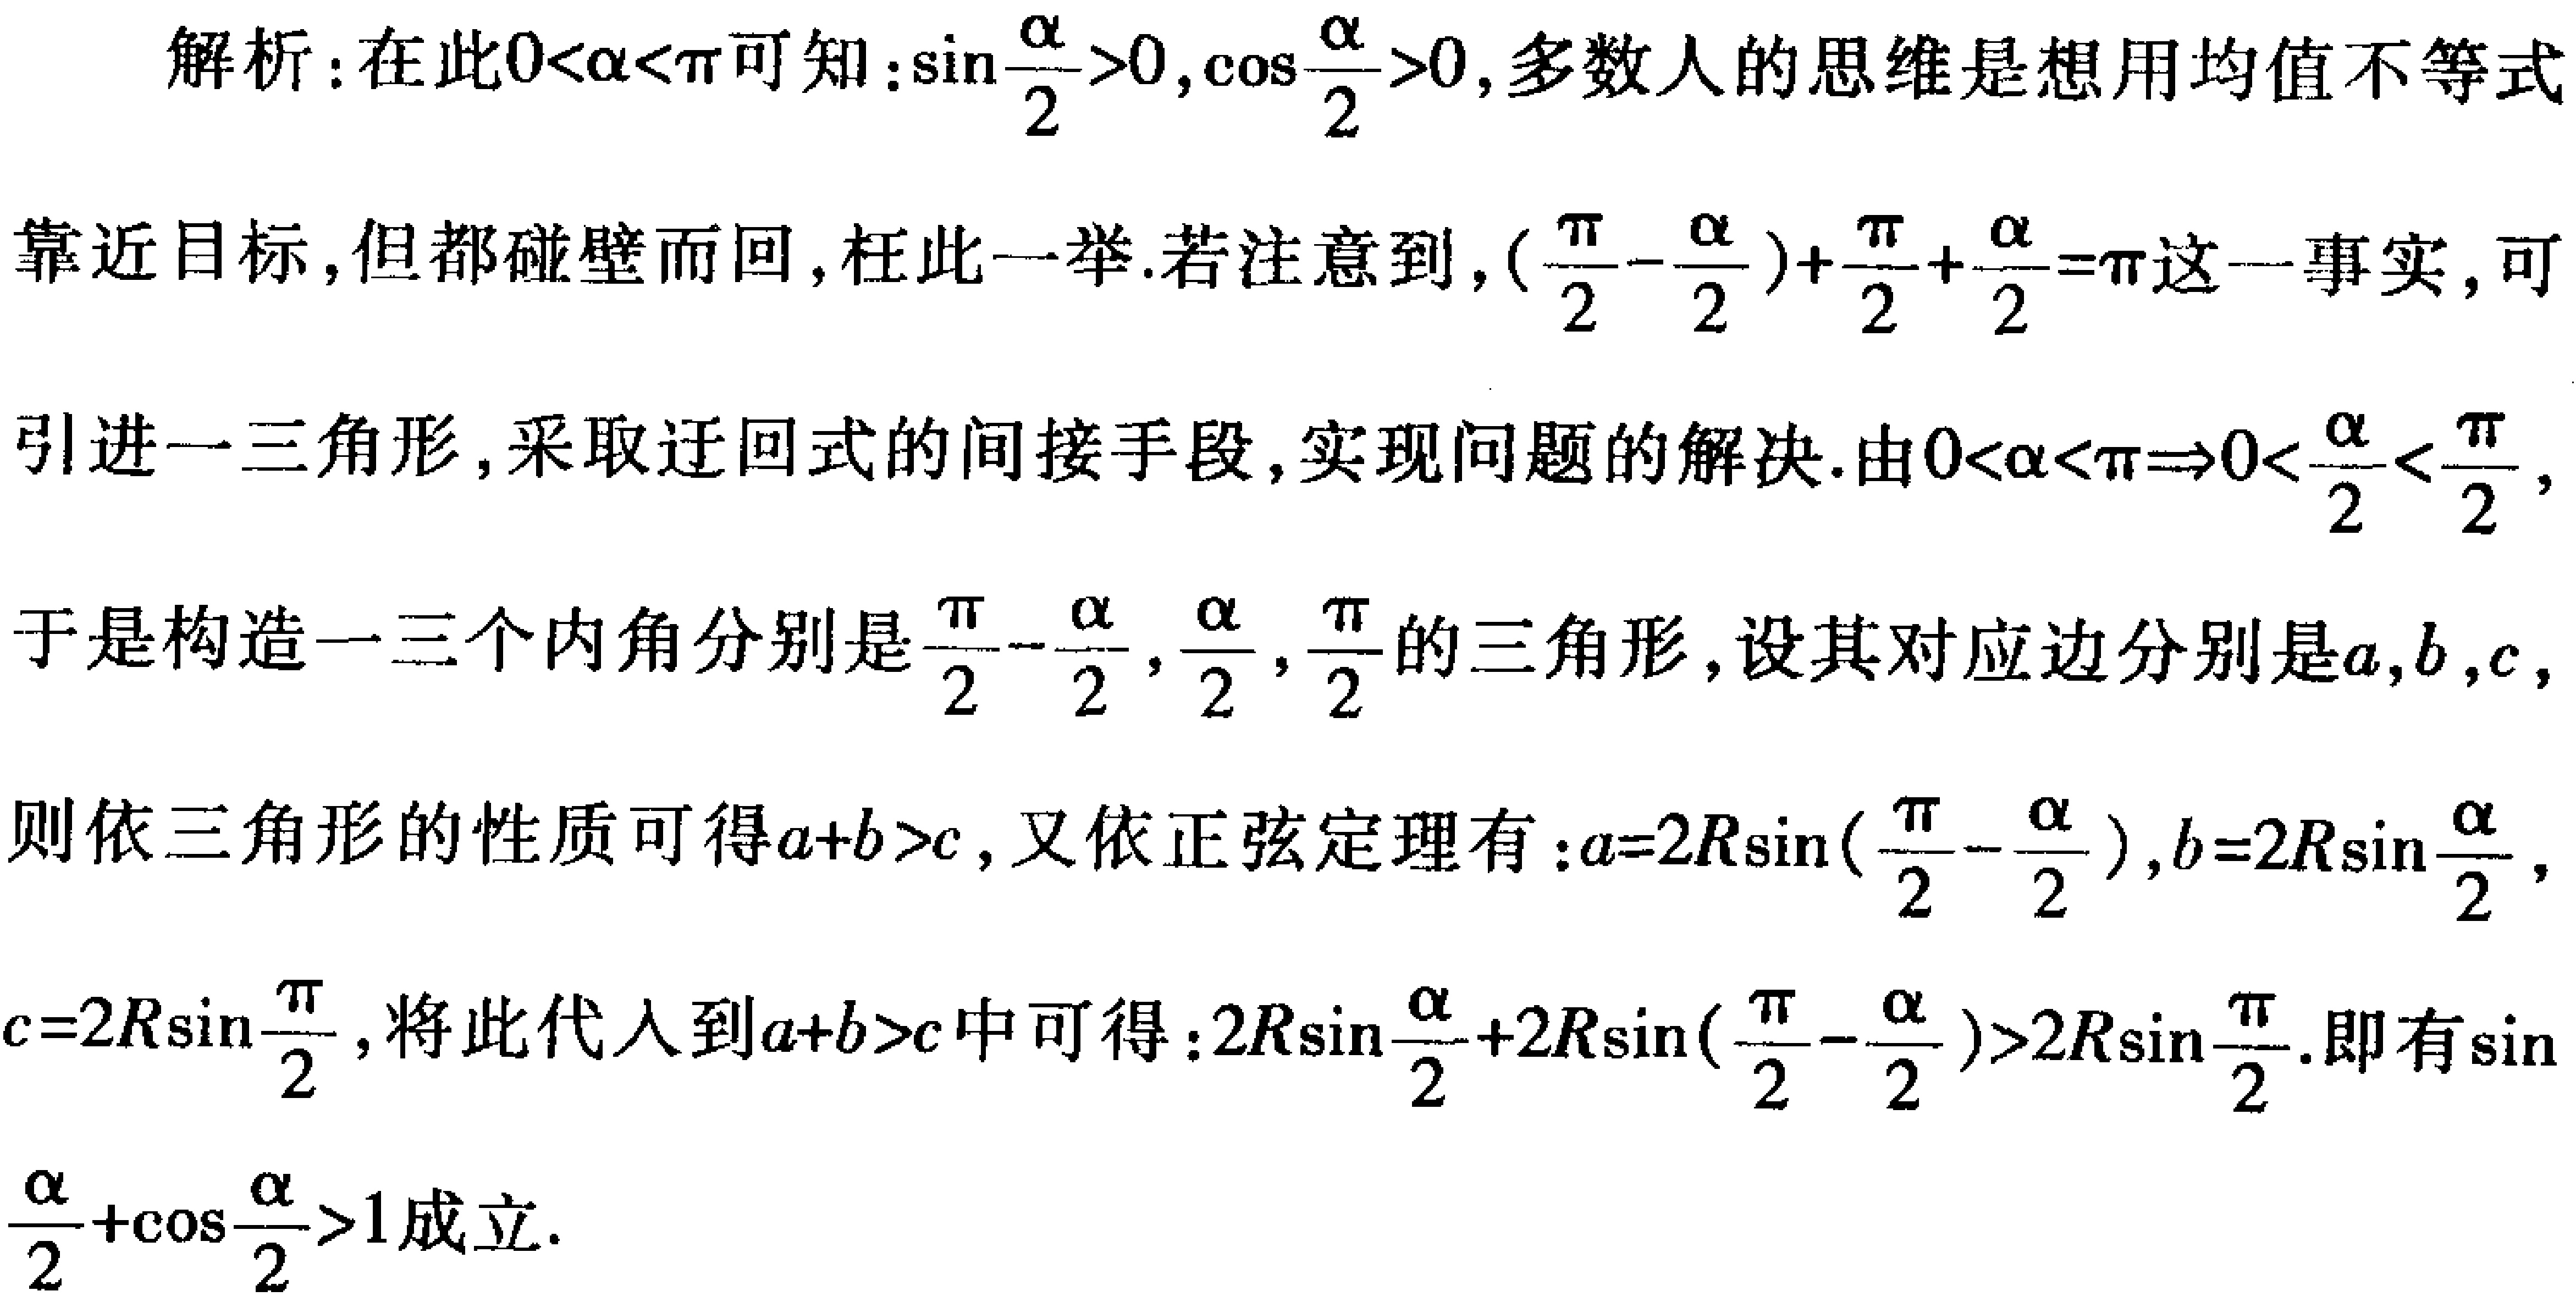
解析：在此\(0<\alpha<\pi\)可知：\(\sin\frac{\alpha}{2}>0,\cos\frac{\alpha}{2}>0\)，多数人的思维是想用均值不等式靠近目标，但都碰壁而回，枉此一举.若注意到，\((\frac{\pi}{2}-\frac{\alpha}{2})+\frac{\pi}{2}+\frac{\alpha}{2}=\pi\)这一事实，可引进一三角形，采取迂回式的间接手段，实现问题的解决.由\(0<\alpha<\pi\Rightarrow0<\frac{\alpha}{2}<\frac{\pi}{2}\)，于是构造一三个内角分别是\(\frac{\pi}{2}-\frac{\alpha}{2},\frac{\alpha}{2},\frac{\pi}{2}\)的三角形，设其对应边分别是\(a,b,c\)，则依三角形的性质可得\(a + b>c\)，又依正弦定理有：\(a = 2R\sin(\frac{\pi}{2}-\frac{\alpha}{2}),b = 2R\sin\frac{\alpha}{2}\)，\(c = 2R\sin\frac{\pi}{2}\)，将此代入到\(a + b>c\)中可得：\(2R\sin\frac{\alpha}{2}+2R\sin(\frac{\pi}{2}-\frac{\alpha}{2})>2R\sin\frac{\pi}{2}\).即有\(\sin\frac{\alpha}{2}+\cos\frac{\alpha}{2}>1\)成立.